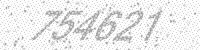
Solution: 754621